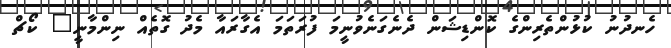
ހެނދުނު ކުޅުންތެރިންގެ ކޮންޑިޝަން ދެނެގަނެވުނީމަ ފުރަތަމަ އެގާރައާ މެދު ގޮތެއް ނިންމާނީ" ކޯޗް